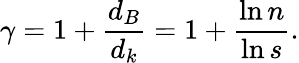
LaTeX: \gamma=1+\frac{d_{B}}{d_{k}}=1+\frac{\ln n}{\ln s}.